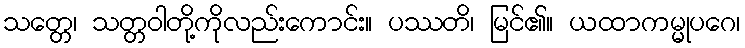
သတ္တေ၊ သတ္တဝါတို့ကိုလည်းကောင်း။ ပဿတိ၊ မြင်၏။ ယထာကမ္မုပဂေ၊